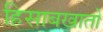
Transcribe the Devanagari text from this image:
हिसाबखातों